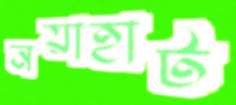
নয়াহাট